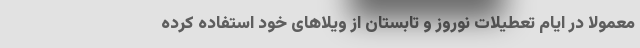
معمولاً در ایام تعطیلات نوروز و تابستان از ویلاهای خود استفاده کرده